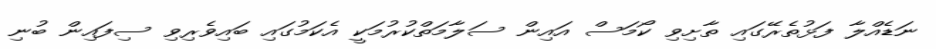
ނަޑެއްލާ ފަޅުތެރޭގައި ތާށިވި ކޯމަސް އައިން ސަލާމަތްކުރުމަކީ އެކަމުގައި ބައިވެރިވި ސިފައިން ބުނި